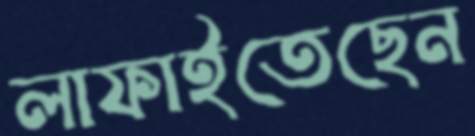
লাফাইতেছেন